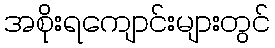
အစိုးရကျောင်းများတွင်